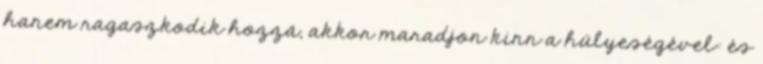
hanem ragaszkodik hozzá, akkor maradjon kinn a hülyeségével: és